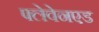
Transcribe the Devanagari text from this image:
फ्लेवेनएड